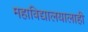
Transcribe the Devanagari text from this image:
महाविद्यालयालाही